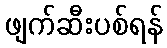
ဖျက်ဆီးပစ်ရန်